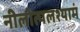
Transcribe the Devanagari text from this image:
नीलोत्पलश्यामं